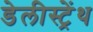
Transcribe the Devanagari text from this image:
डेलीस्ट्रेंथ